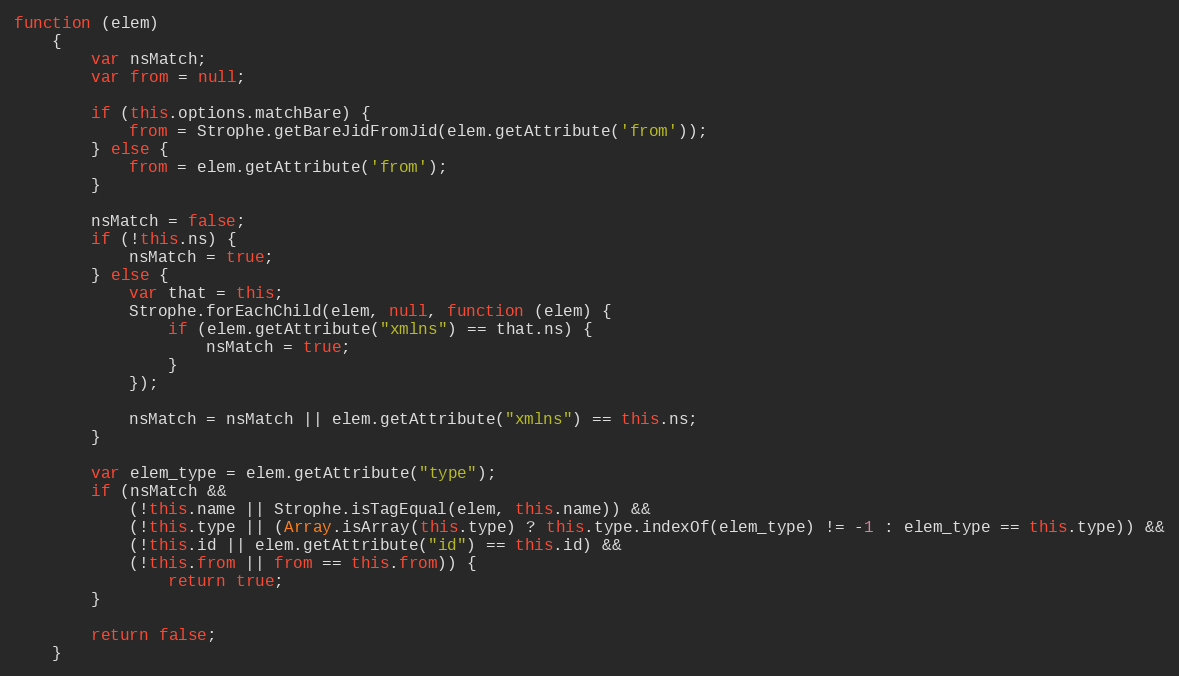
Language: JavaScript
function (elem)
    {
        var nsMatch;
        var from = null;

        if (this.options.matchBare) {
            from = Strophe.getBareJidFromJid(elem.getAttribute('from'));
        } else {
            from = elem.getAttribute('from');
        }

        nsMatch = false;
        if (!this.ns) {
            nsMatch = true;
        } else {
            var that = this;
            Strophe.forEachChild(elem, null, function (elem) {
                if (elem.getAttribute("xmlns") == that.ns) {
                    nsMatch = true;
                }
            });

            nsMatch = nsMatch || elem.getAttribute("xmlns") == this.ns;
        }

        var elem_type = elem.getAttribute("type");
        if (nsMatch &&
            (!this.name || Strophe.isTagEqual(elem, this.name)) &&
            (!this.type || (Array.isArray(this.type) ? this.type.indexOf(elem_type) != -1 : elem_type == this.type)) &&
            (!this.id || elem.getAttribute("id") == this.id) &&
            (!this.from || from == this.from)) {
                return true;
        }

        return false;
    }